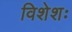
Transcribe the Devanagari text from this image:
विशेशः